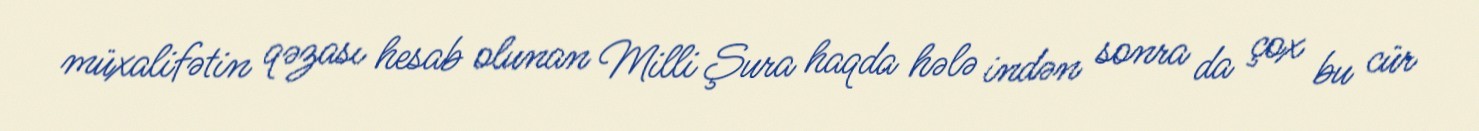
müxalifətin qəzası hesab olunan Milli Şura haqda hələ indən sonra da çox bu cür